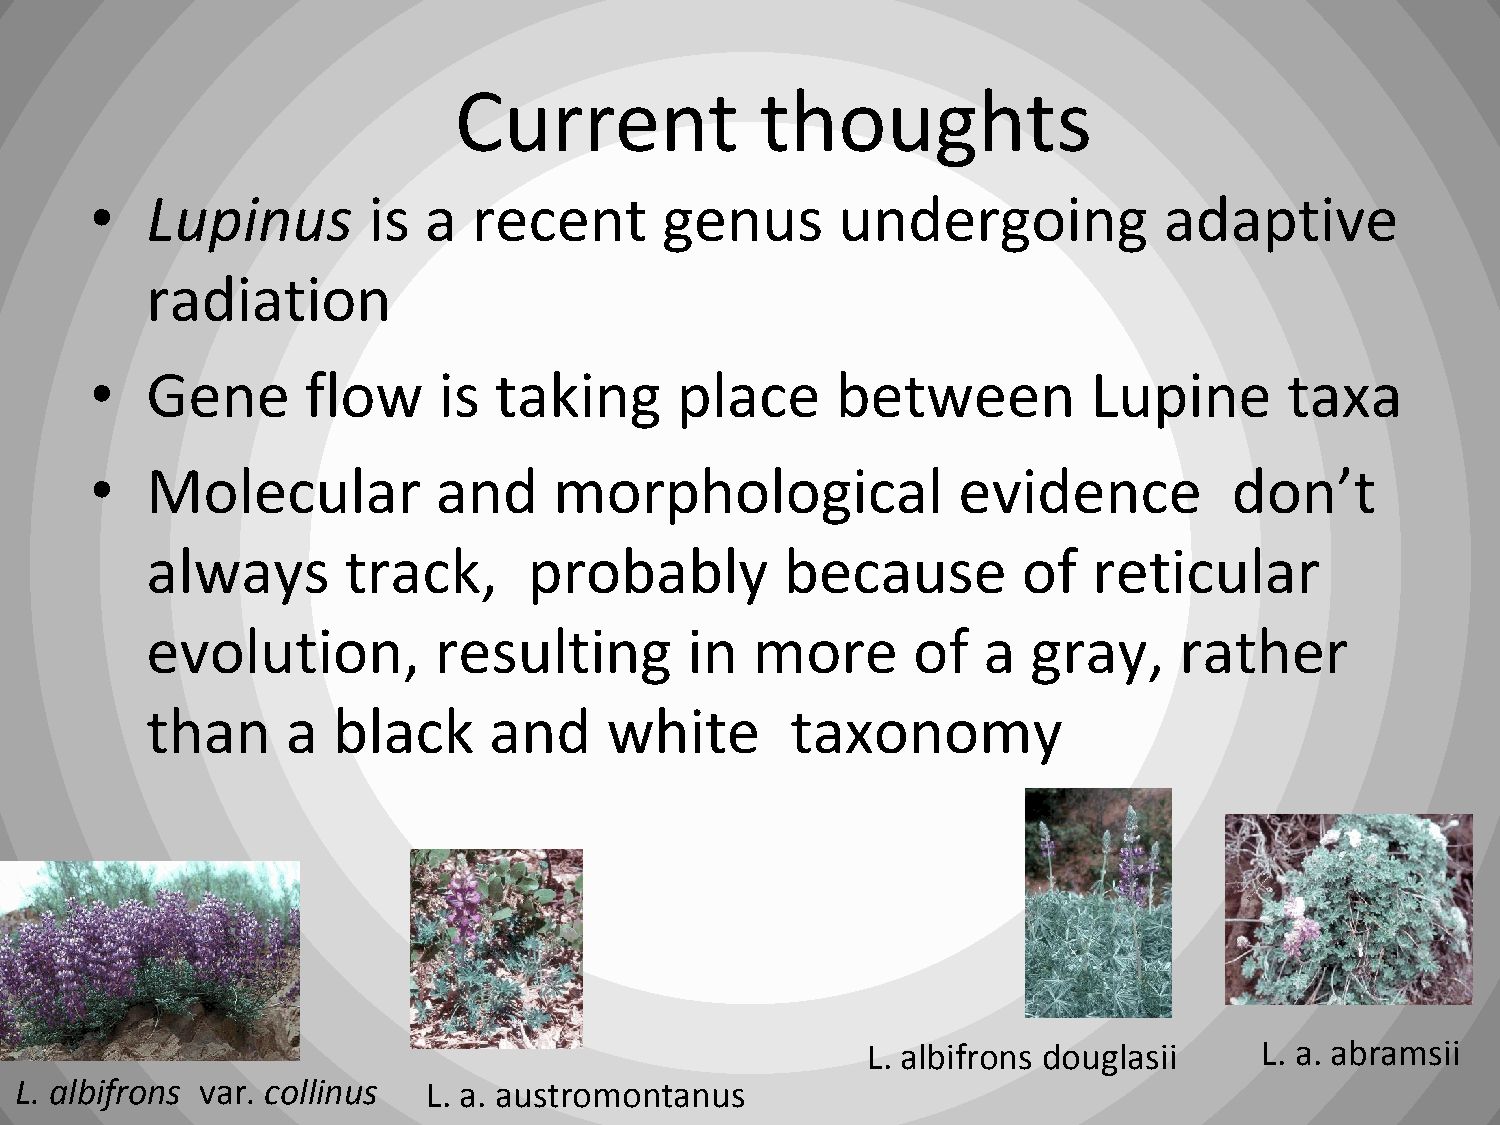
Current             thoughts
 •   Lupinus       is  a  recent       genus      undergoing            adaptive
 radiation
 •   Gene      flow     is  taking      place     between          Lupine       taxa
 •   Molecular          and     morphological             evidence           don’t
 always       track,      probably         because         of  reticular
 evolution,         resulting        in  more      of   a  gray,     rather
 than     a  black     and     white       taxonomy
 L. albifrons douglasii     L. a. abramsii
 L. albifrons var. collinus L. a. austromontanus